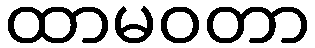
ထာမဝတာ